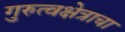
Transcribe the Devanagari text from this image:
गुरुत्वक्षेत्राचा